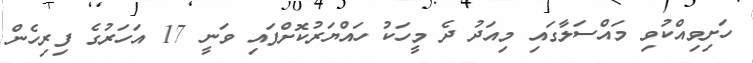
ހަށިވިއްކުވި މައްސަލާގައި މިއަދު ދެ މީހަކު ހައްޔަރުކޮށްފައި ވަނީ 17 އަހަރުގެ ފިރިހެން